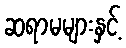
ဆရာမများနှင့်